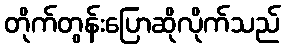
တိုက်တွန်းပြောဆိုလိုက်သည်